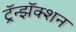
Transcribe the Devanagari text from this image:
ट्रॅन्झॅक्शन